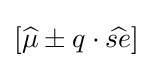
[{\widehat {\mu }}\pm q\cdot {\widehat {\mathop {se} }}]